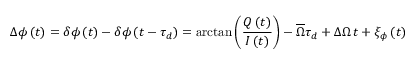
\Delta \phi \left( t \right) = \delta \phi \left( t \right) - \delta \phi \left( t - \tau _ { d } \right) = \arctan \left( \frac { Q \left( t \right) } { I \left( t \right) } \right) - \overline { { \Omega } } \tau _ { d } + \Delta \Omega \, t + \xi _ { \phi } \left( t \right)